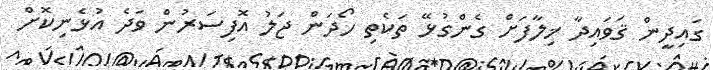
ގައިދީން ޤަވައިދާ ޚިލާފަށް ގެންގުޅޭ ތަކެތި ހޯދަން ޖަލު އޮފިސަރުން ވަދެ އުޅެނިކޮށް